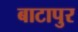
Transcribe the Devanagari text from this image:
बाटापुर